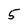
Character: 5